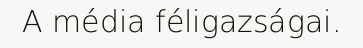
A média féligazságai.